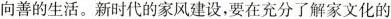
向善的生活。新时代的家风建设，要在充分了解家文化的